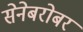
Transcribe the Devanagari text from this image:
सेनेबरोबर